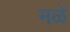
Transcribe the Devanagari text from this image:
मळें